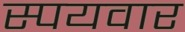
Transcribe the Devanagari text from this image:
स्पयवार